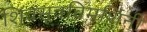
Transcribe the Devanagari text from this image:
शिवसूत्रविमर्शिनी